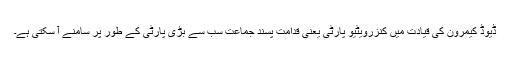
ڈیوڈ کیمرون کی قیادت میں کنزرویٹیو پارٹی یعنی قدامت پسند جماعت سب سے بڑی پارٹی کے طور پر سامنے آ سکتی ہے۔